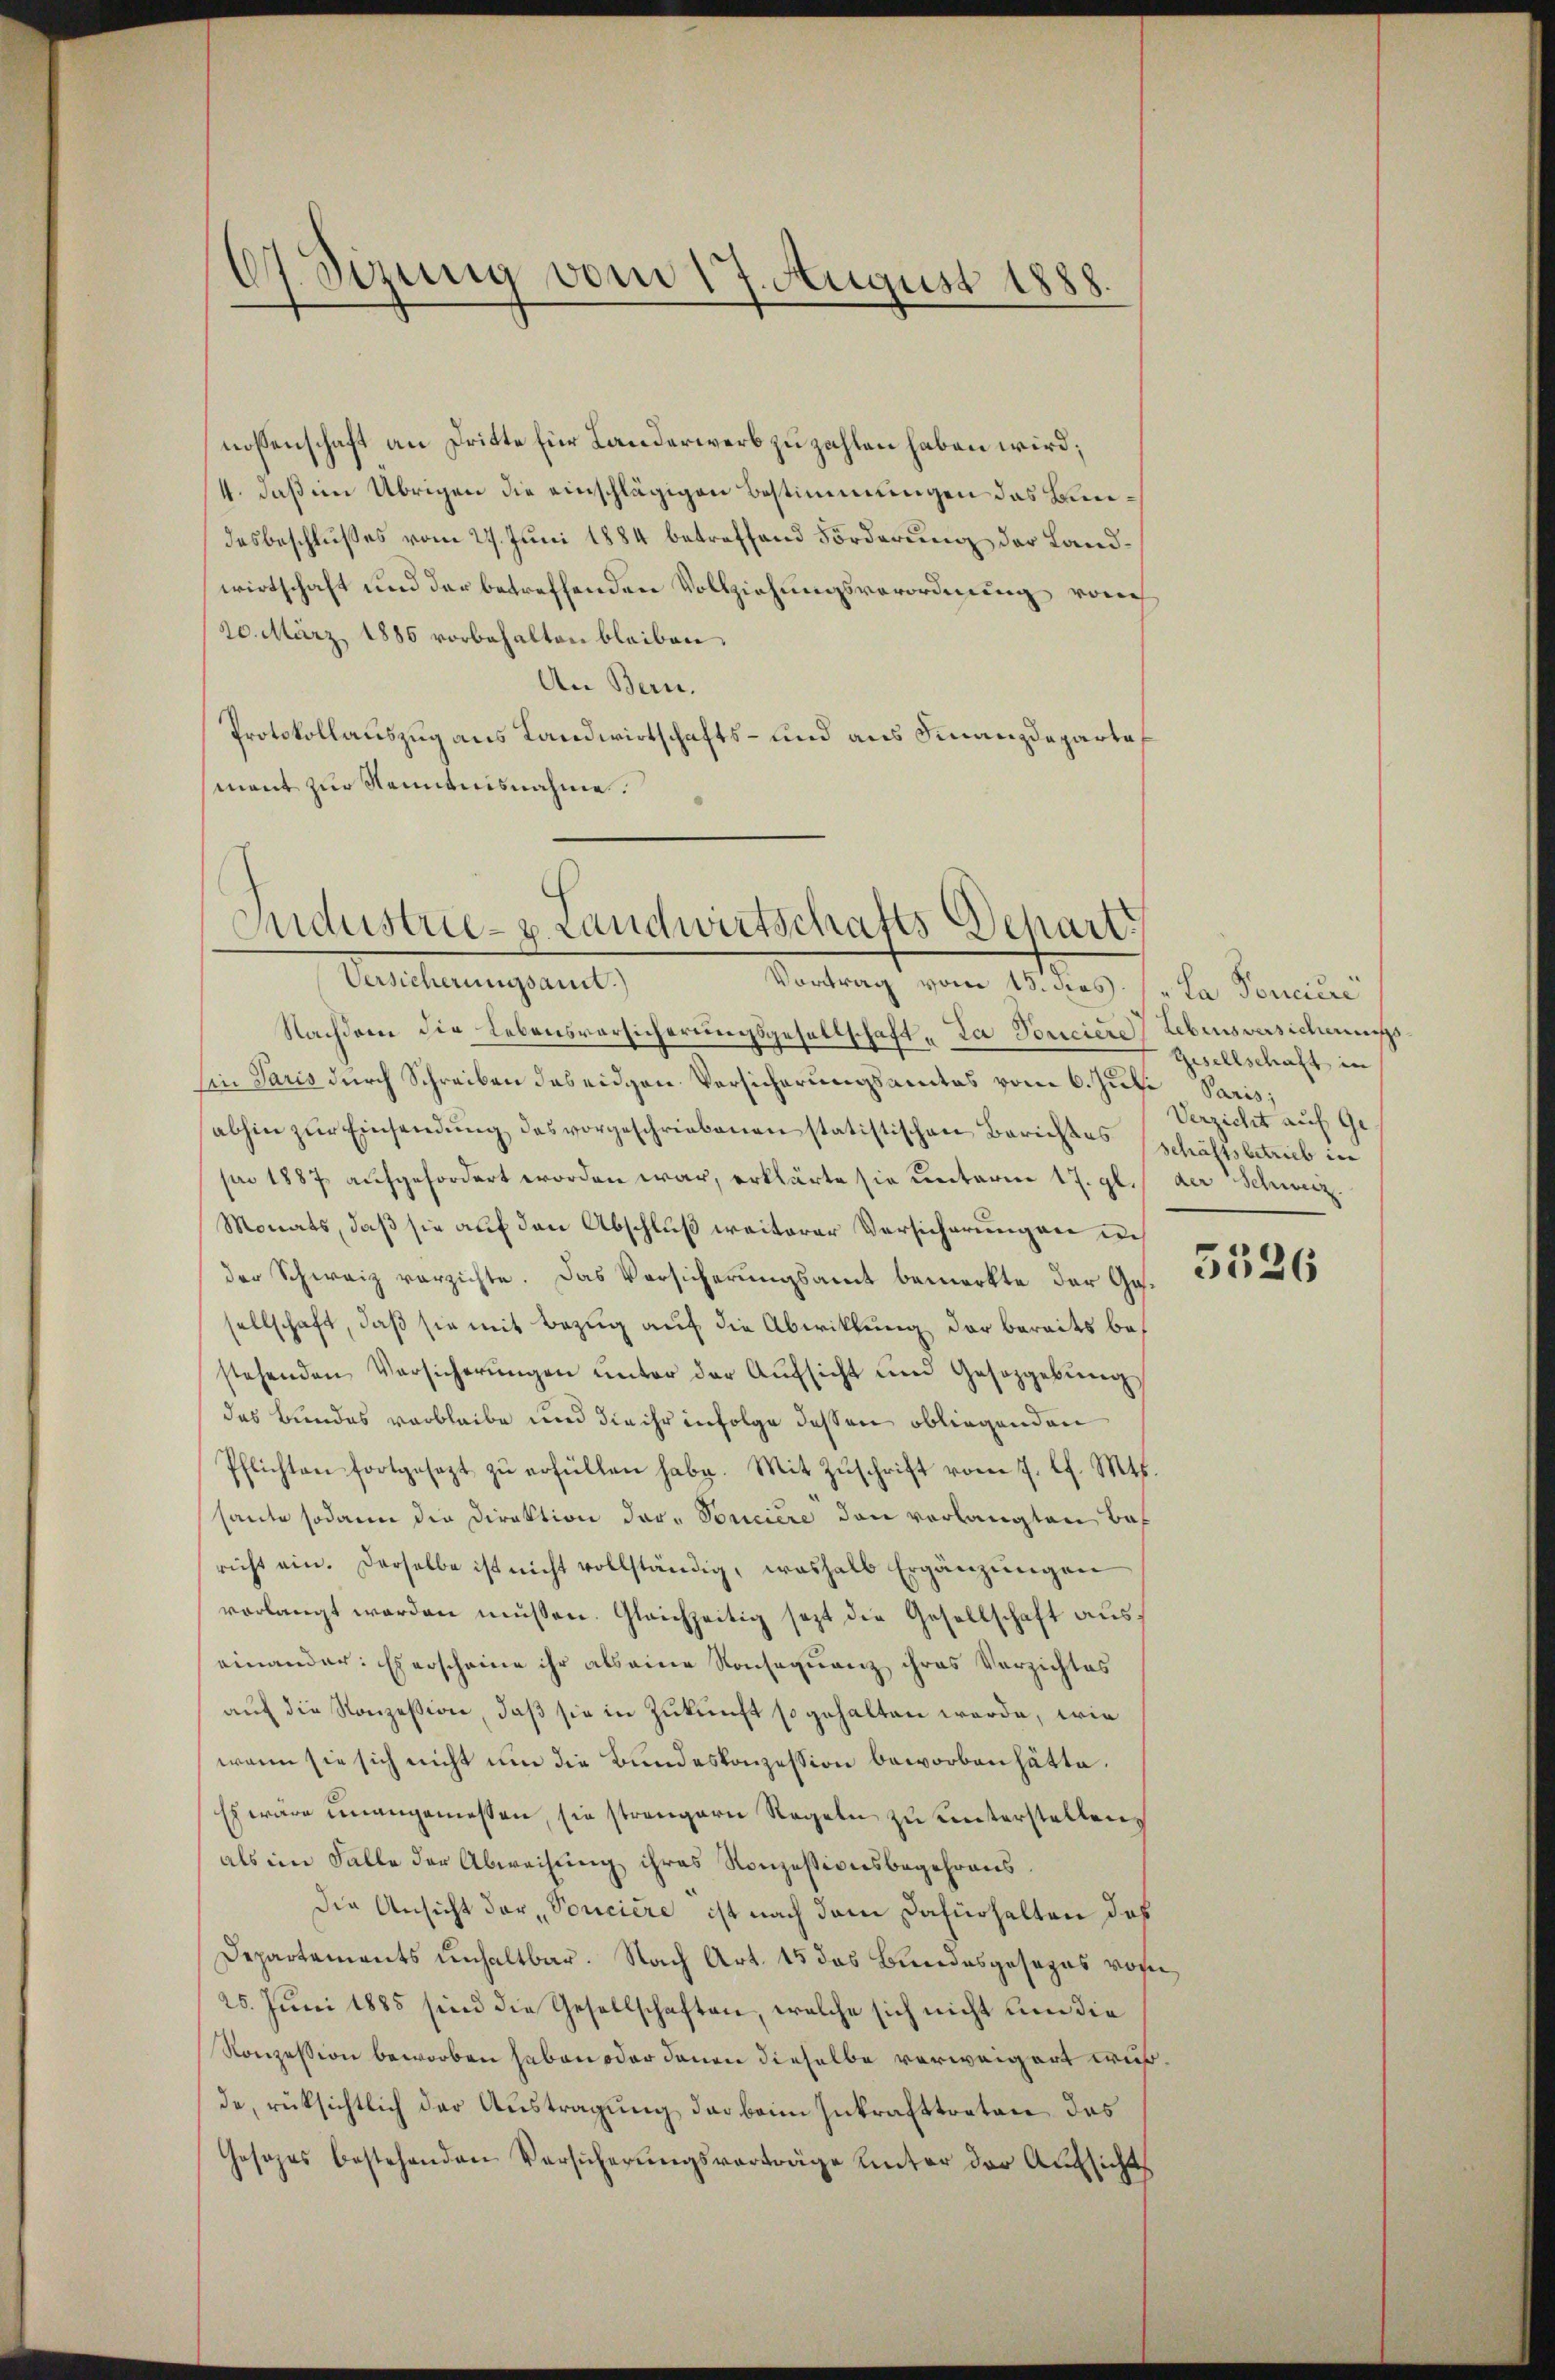
dt Sirung vom 17. August 1888.

nossenschaft an Dritte für Landerwerb zu zahlen haben wird;
4. daß im Übrigen die einschlägigen Bestimmungen das Bundesbeschlußes vom 27. Juni 1884 betreffend Forderung der Landwirtschaft und der betreffenden Vollziehungsverordnung von
20. März 1885 vorbehalten bleiben.
An Bern.
Protokollauszug aus Landwirtschafts- und aus Finanzdepartof
mant zur Kenntnisnahme.

Industrie- u. Landwirtschafts Depart
Versicherungsant.)
Vortrag vom 15. des „La Poncier

Nachdem die Lebensversicherungsgesellschaft „La Vonciere Lebensversicherungs
Ein Paris durch Schreiben das eidgen Versicherungsamtes vom 6. Juli Paris;
abhin zŭr Einsendung des vorgeschriebenen statistischen Berichtes schäftsbetrieb in
pro 1887 aufgefordert worden war, erklärte sie unterm 17. gl. der Schweiz.
Monats, daß sie auf den Abschluß weiterer Versicherungen ich
der Schweiz vorzichte. Das Vorsicherungsamt bemerkte der Gosellschaft, daß sie mit Bezug auf die Abwitlung der bereits bestehenden Vorsicherŭngen ŭnter der Aŭfsicht und Gesetzgebŭng
das Bundes verbleibe und die ihr infolge dessen obliegenden
Pflichten fortgesezt zu erfüllen habe. Mit Zuschrift vom 7. Ch. Mts.
haute sodann die Direktion der Fonciere den verlangten Bas
richt ein. Derselbe ist nicht vollständig, weshalb Ergänzungen
verlangt werden müssen. Gleichzeitig sezt die Gesellschaft aŭs-
einander: Es erscheine ihr als eine Konsequenz ihres Verzichtes
auf die Konzession, daß sie in Zukunft so gehalten werde, wie
wenn sie sich nicht um die Bundeskonzession beworben hätte.
Es wäre unangemessen, sie strengern Regeln zu unterstellen,
als im Falle der Abweisung ihres Konzessionsbegehrensdie Ansicht der Soncière ist nach dem Dafürhalten daß
Departements unhaltbar. Nach Art. 15 das Bundesgesezes vohn¬
25. Juni 1885 sind die Gesellschaften, welche sich nicht um die
Konzession beworben haben oder denen dieselbe verweigert wur
de, rüksichtlich der Austragung das beim Inkrafttreten, das
Gesezes bestehenden Versicherŭngsverträge unter der Aŭfsicht

Gesellschaft in
Verzicht auf Ge¬

5526